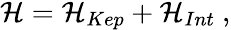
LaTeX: \begin{array}{r}{{\cal H}={\cal H}_{Kep}+{\cal H}_{Int}\ ,}\end{array}